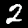
Digit: 2